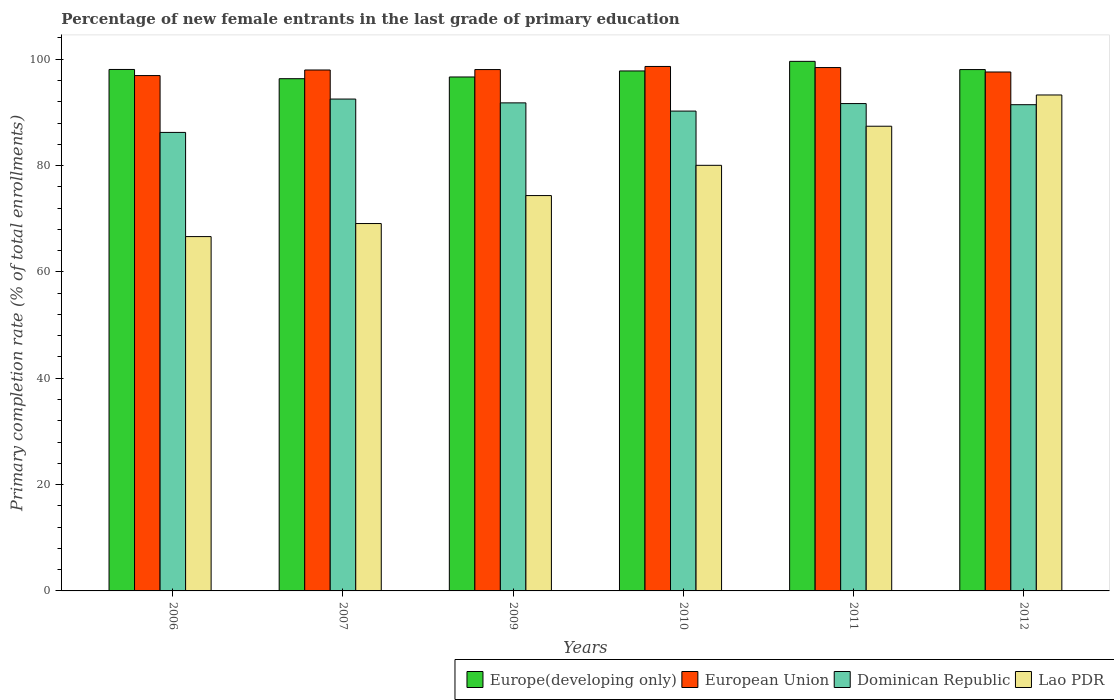
| Years | Europe(developing only) | European Union | Dominican Republic | Lao PDR |
 | --- | --- | --- | --- | --- |
 | 2006 | 98.1 | 96.9 | 86.2 | 66.6 |
 | 2007 | 96.3 | 98 | 92.5 | 69.1 |
 | 2009 | 96.7 | 98.1 | 91.8 | 74.4 |
 | 2010 | 97.8 | 98.6 | 90.2 | 80 |
 | 2011 | 99.6 | 98.4 | 91.7 | 87.4 |
 | 2012 | 98.1 | 97.6 | 91.4 | 93.3 |